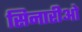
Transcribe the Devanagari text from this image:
सिनारीओ